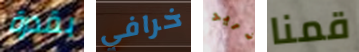
بقدرة خرافي تريد قمنا